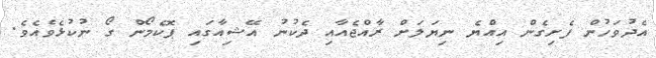
އެދުވަހުން ފެށިގެން އިއްޔެ ނިޔަލަށް ރާއްޖެއާއި ދެކުނު އޭޝިއާގައި ޕޮކެމޯން ގޯ ނުކުޅެވެއެވެ.